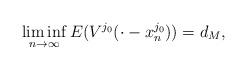
LaTeX: \begin{align*}\liminf_{n\rightarrow \infty} E(V^{j_0}(\cdot-x^{j_0}_n)) = d_M,\end{align*}